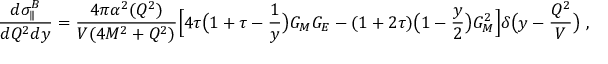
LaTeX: \frac { d \sigma _ { \parallel } ^ { B } } { d Q ^ { 2 } d y } = \frac { 4 \pi \alpha ^ { 2 } ( Q ^ { 2 } ) } { V ( 4 M ^ { 2 } + Q ^ { 2 } ) } \Bigl [ 4 \tau \bigl ( 1 + \tau - \frac { 1 } { y } \bigr ) G _ { M } G _ { E } - ( 1 + 2 \tau ) \bigl ( 1 - \frac { y } { 2 } \bigr ) G _ { M } ^ { 2 } \Bigr ] \delta \bigl ( y - \frac { Q ^ { 2 } } { V } \bigr ) \ ,